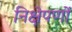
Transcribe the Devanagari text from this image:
निक्षेपणों